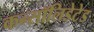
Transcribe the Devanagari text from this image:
कन्सॉलिडेटेड